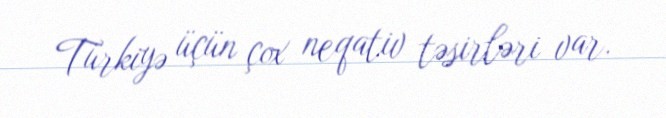
Türkiyə üçün çox neqativ təsirləri var.